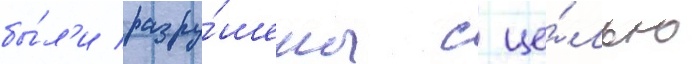
бы́л'и разру́шены с це́лью